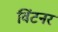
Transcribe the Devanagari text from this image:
विंटनर